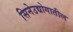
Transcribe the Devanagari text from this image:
सिनेउद्योगातील